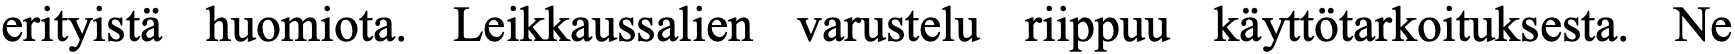
erityistä huomiota. Leikkaussalien varustelu riippuu käyttötarkoituksesta. Ne